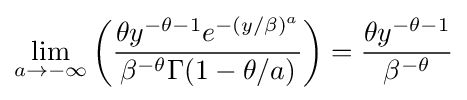
\lim _{a\rightarrow -\infty }\left({\frac {\theta y^{-\theta -1}e^{-(y/\beta )^{a}}}{\beta ^{-\theta }\Gamma (1-\theta /a)}}\right)={\frac {\theta y^{-\theta -1}}{\beta ^{-\theta }}}